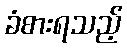
ခံစားရသည့်